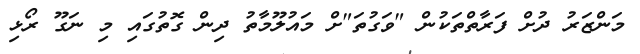
މަންޒަރު ދުށް ފަރާތްތަކުން "ވަގުތަ"ށް މައުލޫމާތު ދިން ގޮތުގައި މި ނަގޫ ރޯޅި